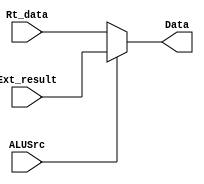
// ALU
module mux1(Rt_data, Ext_result, Data, ALUSrc);
    input [31:0] Rt_data;        // 
    input [31:0] Ext_result;     // 
    input ALUSrc;      // 0 1
    output reg [31:0] Data;     // 

    always @(*)
    begin
        if (ALUSrc)
            begin
                Data = Ext_result;
                // $display("(MUX.v) select ext_result: %h", Data);
            end
        else  
            begin
                Data = Rt_data;
                // $display("(MUX.v) select Rt_data: %h", Data);
            end       
    end
endmodule

// regfileALU
module mux2(ALUoutput, MEMouput, Data, MemtoReg);
    input [31:0] ALUoutput;        // ALU
    input [31:0] MEMouput;     // 
    input MemtoReg;      // 0ALU 1
    
    output reg [31:0] Data;     // 

    always @(*)
    begin
        if (MemtoReg)
            begin
                Data = MEMouput;
                // $display("(MUX.v) select ALU_output: %h", Data);
            end
        else  
            begin
                Data = ALUoutput;
                // $display("(MUX.v) select DATAMEM_output: %h", Data);
            end       
    end
endmodule

// Rs
module mux3(Forward_RSE, alu_out , reg_wr_data, rs_data_E, rs_data_final);
    input[1: 0] Forward_RSE;
    input[31: 0] alu_out, reg_wr_data, rs_data_E; //alu_outALUreg_wr_data
    output reg[31: 0] rs_data_final;

  always @(*) begin
    case (Forward_RSE)
        2'b10:
            rs_data_final <= alu_out;
        2'b01:
            rs_data_final <= reg_wr_data;
        2'b00:
            rs_data_final <= rs_data_E;
    endcase
  end
endmodule

// Rt
module mux4(Forward_RTE, alu_out , reg_wr_data, rt_data_E, rt_data_final);
    input[1: 0] Forward_RTE;
    input[31: 0] alu_out, reg_wr_data, rt_data_E; //alu_outALUreg_wr_data
    output reg[31: 0] rt_data_final;

  always @(*) begin
    case (Forward_RTE)
        2'b10:
            rt_data_final <= alu_out;
        2'b01:
            rt_data_final <= reg_wr_data;
        2'b00:
            rt_data_final <= rt_data_E;
    endcase
  end

endmodule

// IF_ID
module mux5(C_L_DE_Rs, C_L_DE_Rt, C_B_D, IF_ID_wr);
    input C_L_DE_Rs, C_L_DE_Rt, C_B_D;
    output reg IF_ID_wr = 1'b1;

  always @(*) begin
    if(C_L_DE_Rs | C_L_DE_Rt | C_B_D) IF_ID_wr = 1'b0;
    else IF_ID_wr = 1'b1;
  end

endmodule

module mux6(if_branch, zero_D, IF_ID_flush);  // IF_IDflush
    input if_branch;
    input zero_D;

    output reg IF_ID_flush = 1'b0;

  always @(*) begin
    if(if_branch & zero_D) IF_ID_flush = 1'b1;
    else IF_ID_flush = 1'b0;
  end

endmodule


module mux7(C_L_DE_Rs, C_L_DE_Rt, C_B_D, PCEnF); 
    input C_L_DE_Rs, C_L_DE_Rt, C_B_D;

    output reg PCEnF = 1'b1;

  always @(*) begin
    if(C_L_DE_Rs | C_L_DE_Rt | C_B_D) PCEnF = 1'b0;
    else PCEnF = 1'b1;
  end

endmodule